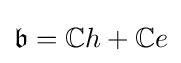
{\mathfrak {b}}=\mathbb {C} h+\mathbb {C} e